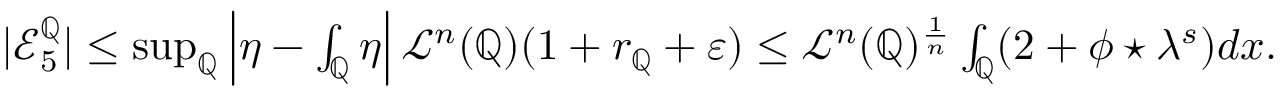
\begin{array} { r } { | \mathcal { E } _ { 5 } ^ { \mathbb { Q } } | \leq \operatorname* { s u p } _ { \mathbb { Q } } \left| \eta - \int _ { \mathbb { Q } } \eta \right| \mathcal { L } ^ { n } ( \mathbb { Q } ) ( 1 + r _ { \mathbb { Q } } + \varepsilon ) \leq \mathcal { L } ^ { n } ( \mathbb { Q } ) ^ { \frac { 1 } { n } } \int _ { \mathbb { Q } } ( 2 + \phi \star \lambda ^ { s } ) d x . } \end{array}